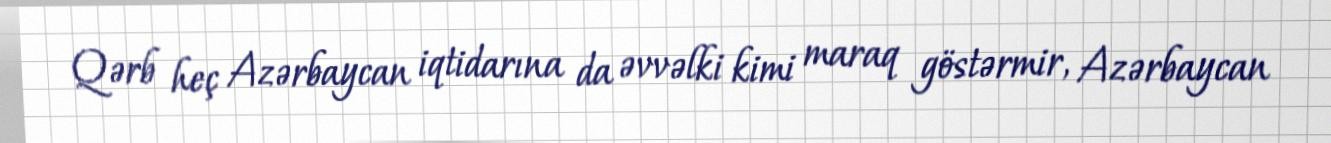
Qərb heç Azərbaycan iqtidarına da əvvəlki kimi maraq göstərmir, Azərbaycan